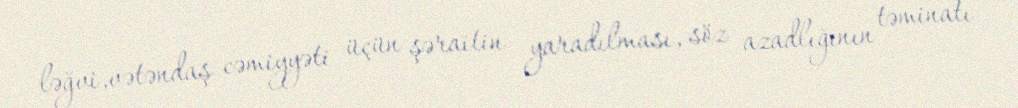
ləğvi,vətəndaş cəmiyyəti üçün şəraitin yaradılması, söz azadlığının təminatı